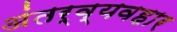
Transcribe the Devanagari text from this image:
अंतर्व्यवहार